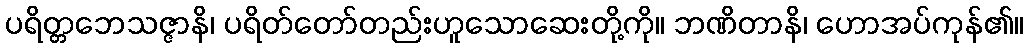
ပရိတ္တဘေသဇ္ဇာနိ၊ ပရိတ်တော်တည်းဟူသောဆေးတို့ကို။ ဘဏိတာနိ၊ ဟောအပ်ကုန်၏။